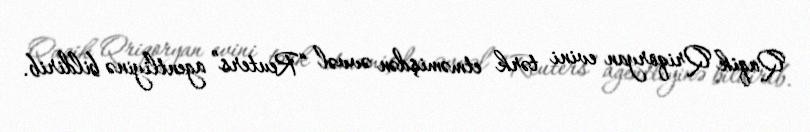
Qaqik Qriqoryan evini tərk etməmişdən əvvəl “Reuters” agentliyinə bildirib.